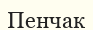
Пенчак